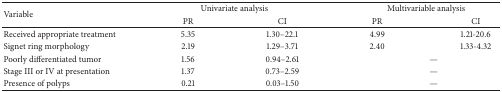
<table><thead><tr><td rowspan="2"><b>Variable</b></td><td colspan="2"><b>Univariate analysis</b></td><td colspan="2"><b>Multivariable analysis</b></td></tr><tr><td><b>PR</b></td><td><b>CI</b></td><td><b>PR</b></td><td><b>CI</b></td></tr></thead><tbody><tr><td>Received appropriate treatment</td><td>5.35</td><td>1.30–22.1</td><td>4.99</td><td>1.21-20.6</td></tr><tr><td>Signet ring morphology</td><td>2.19</td><td>1.29–3.71</td><td>2.40</td><td>1.33-4.32</td></tr><tr><td>Poorly differentiated tumor</td><td>1.56</td><td>0.94–2.61</td><td colspan="2">—</td></tr><tr><td>Stage III or IV at presentation</td><td>1.37</td><td>0.73–2.59</td><td colspan="2">—</td></tr><tr><td>Presence of polyps</td><td>0.21</td><td>0.03–1.50</td><td colspan="2">—</td></tr></tbody></table>